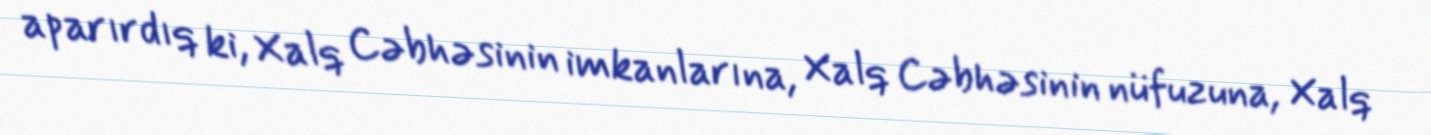
aparırdıq ki, Xalq Cəbhəsinin imkanlarına, Xalq Cəbhəsinin nüfuzuna, Xalq